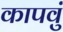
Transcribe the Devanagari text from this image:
कापवुं